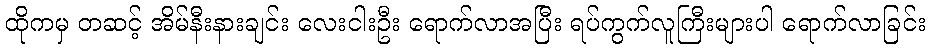
ထိုကမှ တဆင့် အိမ်နီးနားချင်း လေးငါးဦး ရောက်လာအပြီး ရပ်ကွက်လူကြီးများပါ ရောက်လာခြင်း